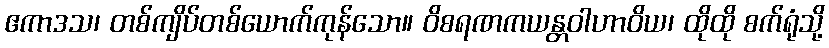
ဧကာဒသ၊ တစ်ကျိပ်တစ်ယောက်ကုန်သော။ ဝိစရဏကယန္တဝါဟာဝိယ၊ ထိုထို စက်ရုံသို့